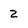
Character: 2